Scottish Leaving Certificate Examination, 1958
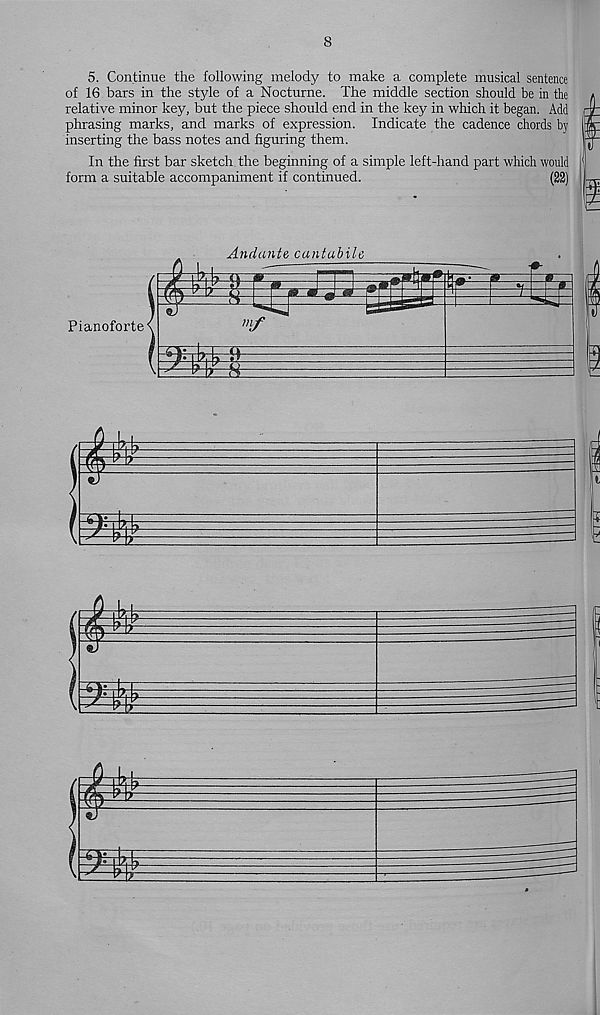
8
5. Continue the following melody to make a complete musical sentence
of 16 bars in the style of a Nocturne. The middle section should be in the
relative minor key, but the piece should end in the key in which it began. Add
phrasing marks, and marks of expression. Indicate the cadence chords by
inserting the bass notes and figuring them.
In the first bar sketch the beginning of a simple left-hand part which would
form a suitable accompaniment if continued.
(22)